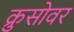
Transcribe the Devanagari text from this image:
क्रुसोवर